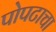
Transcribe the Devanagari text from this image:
पोपटाचा